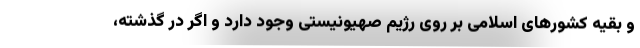
و بقیه کشورهای اسلامی بر روی رژیم صهیونیستی وجود دارد و اگر در گذشته،